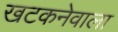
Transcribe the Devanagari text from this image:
खटकनेवाला